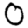
Digit: 0